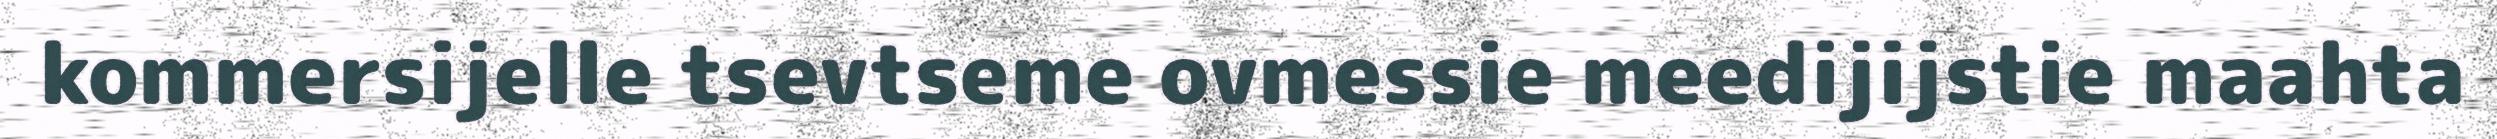
kommersijelle tsevtseme ovmessie meedijijstie maahta